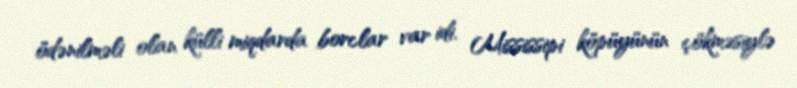
ödənilməli olan külli miqdarda borclar var idi. Mississipi köpüyünün çökməsiylə